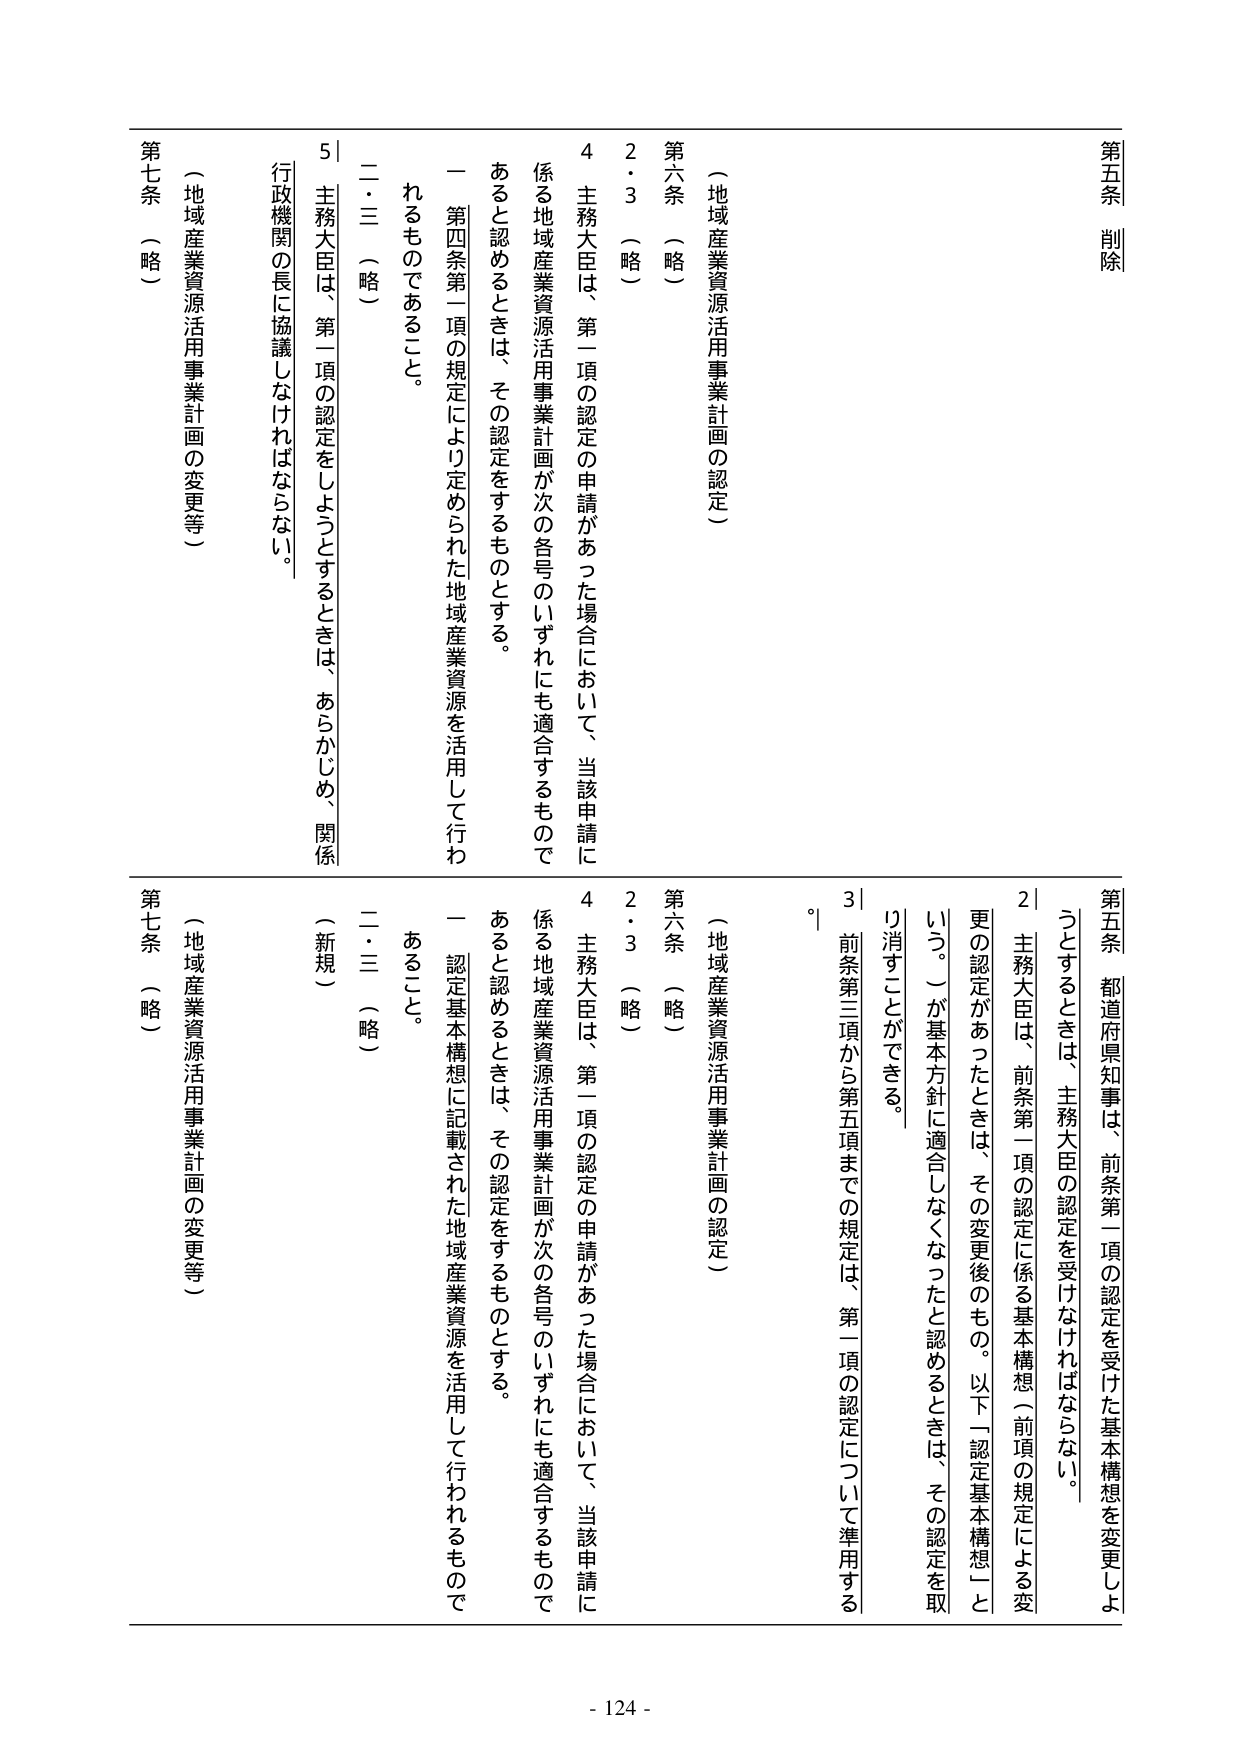
第五条 削除

（地域産業資源活用事業計画の認定）
第六条 （略）
2・3 （略）
4 主務大臣は、第一項の認定の申請があった場合において、当該申請に係る地域産業資源活用事業計画が次の各号のいずれにも適合するものであると認めるときは、その認定をするものとする。
一 第四条第一項の規定により定められた地域産業資源を活用して行われるものであること。
二・三 （略）
5 主務大臣は、第一項の認定をしようとするときは、あらかじめ、関係行政機関の長に協議しなければならない。
第七条 （略）
（地域産業資源活用事業計画の変更等）

第五条 都道府県知事は、前条第一項の認定を受けた基本構想を変更しようとするときは、主務大臣の認定を受けなければならない。
2 主務大臣は、前条第一項の認定に係る基本構想（前項の規定による変更の認定があったときは、その変更後のもの。以下「認定基本構想」という。）が基本方針に適合しなくなったと認めるときは、その認定を取り消すことができる。
3 前条第三項から第五項までの規定は、第一項の認定について準用する。
第六条 （略）
2・3 （略）
4 主務大臣は、第一項の認定の申請があった場合において、当該申請に係る地域産業資源活用事業計画が次の各号のいずれにも適合するものであると認めるときは、その認定をするものとする。
一 認定基本構想に記載された地域産業資源を活用して行われるものであること。
二・三 （略）
（新規）
第七条 （略）
（地域産業資源活用事業計画の変更等）

- 124 -